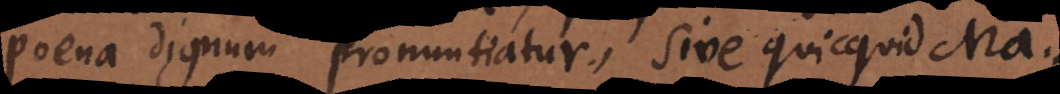
poena dignum pronuntiatur, sive quicquid Magi